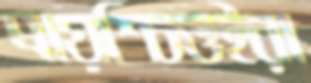
প্রায়শ্চিত্তইরা